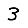
Digit: 3